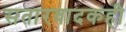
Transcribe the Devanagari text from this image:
सतारवादकही